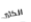
الكثير